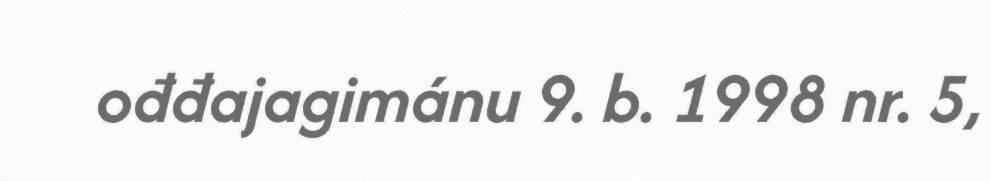
ođđajagimánu 9. b. 1998 nr. 5,